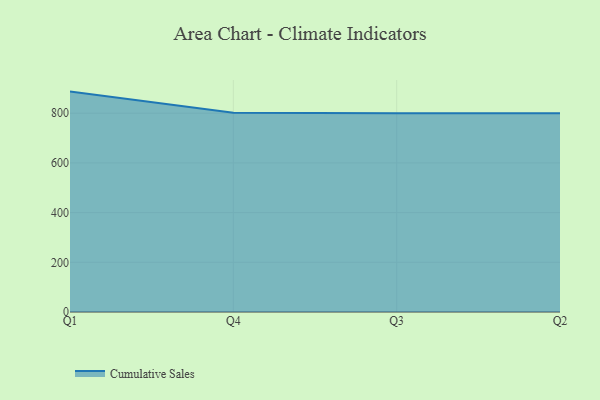
{"axis": {"x": "Quarter", "y": "Bounce Rate (%)"}, "legend": ["Cumulative Sales"], "data": [{"x": "Q1", "y": 887.0, "type": "Cumulative Sales"}, {"x": "Q4", "y": 801.8, "type": "Cumulative Sales"}, {"x": "Q3", "y": 800, "type": "Cumulative Sales"}, {"x": "Q2", "y": 800, "type": "Cumulative Sales"}]}